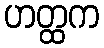
ဟတ္ထက